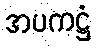
အပကဋ္ဌံ